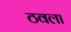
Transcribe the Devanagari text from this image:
ठवला